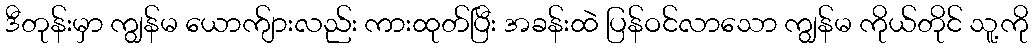
ဒီတုန်းမှာ ကျွန်မ ယောက်ျားလည်း ကားထုတ်ပြီး အခန်းထဲ ပြန်ဝင်လာသော ကျွန်မ ကိုယ်တိုင် သူ့ကို